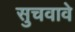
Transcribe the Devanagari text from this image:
सुचवावे